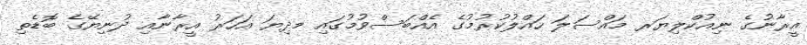
އީރާނުގެ ނިއުކްލިޔަރ މައްސަލަ ހައްލުކުރުމުގެ އެއްބަސްވުމުގައި މދިޔަ އަހަރު އީރާނާއި ދުނިޔޭގެ ބޮޑެތި